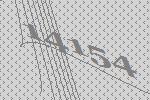
14154